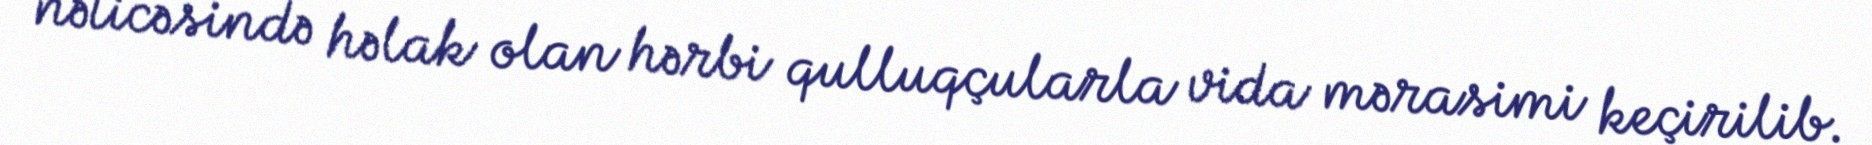
nəticəsində həlak olan hərbi qulluqçularla vida mərasimi keçirilib.